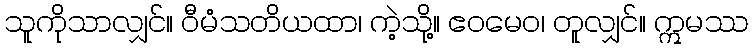
သူကိုသာလျှင်။ ဝီမံသတိယထာ၊ ကဲ့သို့။ ဧဝမေဝ၊ တူလျှင်။ ဣမဿ